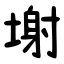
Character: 塮